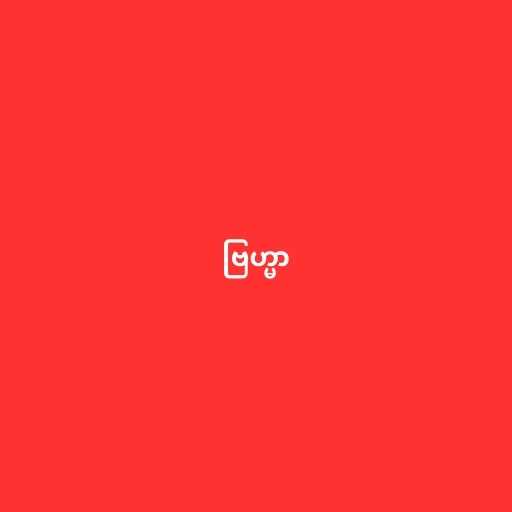
ဗြဟ္မာ